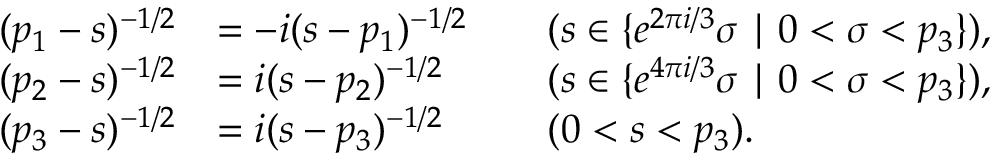
\begin{array} { r l r l } { ( p _ { 1 } - s ) ^ { - 1 / 2 } } & { = - i ( s - p _ { 1 } ) ^ { - 1 / 2 } } & & { ( s \in \{ e ^ { 2 \pi i / 3 } \sigma \mid 0 < \sigma < p _ { 3 } \} ) , } \\ { ( p _ { 2 } - s ) ^ { - 1 / 2 } } & { = i ( s - p _ { 2 } ) ^ { - 1 / 2 } } & & { ( s \in \{ e ^ { 4 \pi i / 3 } \sigma \mid 0 < \sigma < p _ { 3 } \} ) , } \\ { ( p _ { 3 } - s ) ^ { - 1 / 2 } } & { = i ( s - p _ { 3 } ) ^ { - 1 / 2 } } & & { ( 0 < s < p _ { 3 } ) . } \end{array}